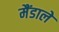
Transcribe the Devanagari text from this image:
मैंडाले